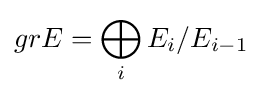
grE=\bigoplus _{i}E_{i}/E_{i-1}